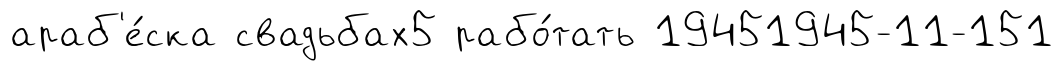
араб'е́ска свадьбах5 рабо́тать 19451945-11-151